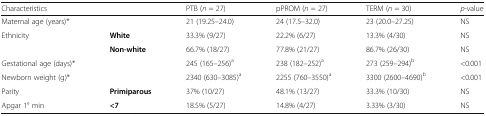
| Characteristics |  | PTB (n = 27) | pPROM (n = 27) | TERM (n = 30) | p-value |
 | --- | --- | --- | --- | --- | --- |
 | Maternal age (years)* |  | 21 (19.25–24.0) | 24 (17.5–32.0) | 23 (20.0–27.25) | NS |
 | Ethnicity | White | 33.3% (9/27) | 22.2% (6/27) | 13.3% (4/30) | NS |
 |  | Non-white | 66.7% (18/27) | 77.8% (21/27) | 86.7% (26/30) | NS |
 | Gestational age (days)* |  | 245 (165–256)a | 238 (182–252)a | 273 (259–294)b | <0.001 |
 | Newborn weight (g)* |  | 2340 (630–3085)a | 2255 (760–3550)a | 3300 (2600–4690)b | <0.001 |
 | Parity | Primiparous | 37% (10/27) | 48.1% (13/27) | 33.3% (10/30) | NS |
 | Apgar 1° min | <7 | 18.5% (5/27) | 14.8% (4/27) | 3.33% (3/30) | NS |